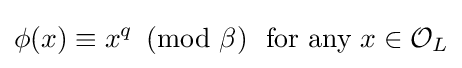
\phi (x)\equiv x^{q}\!\!\!{\pmod {\beta }}\ {\text{ for any }}x\in {\mathcal {O}}_{L}